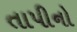
તાપીનો